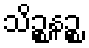
သိဉ္စနဉ္စ